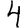
Digit: 4